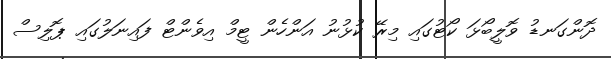
ދޮންގަނޑު ވޮލީބޯޅަ ކޯޓުގައި މިރޭ ކުޅުނު އަންހެން ޓީމް އިވެންޓް ފައިނަލުގައި ޕޮލިސް